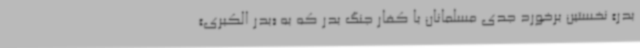
بدر» نخستین برخورد جدی مسلمانان با کفار جنگ بدر که به «بدر الکبری»